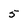
Character: 5